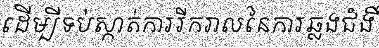
ដើម្បីទប់ស្កាត់ការរីករាលនៃការឆ្លងជំងឺ